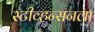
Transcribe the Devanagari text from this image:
स्टीव्हन्सनला